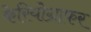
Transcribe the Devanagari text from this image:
केरियोग्राफर